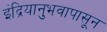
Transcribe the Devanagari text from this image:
इंद्रियानुभवापासून